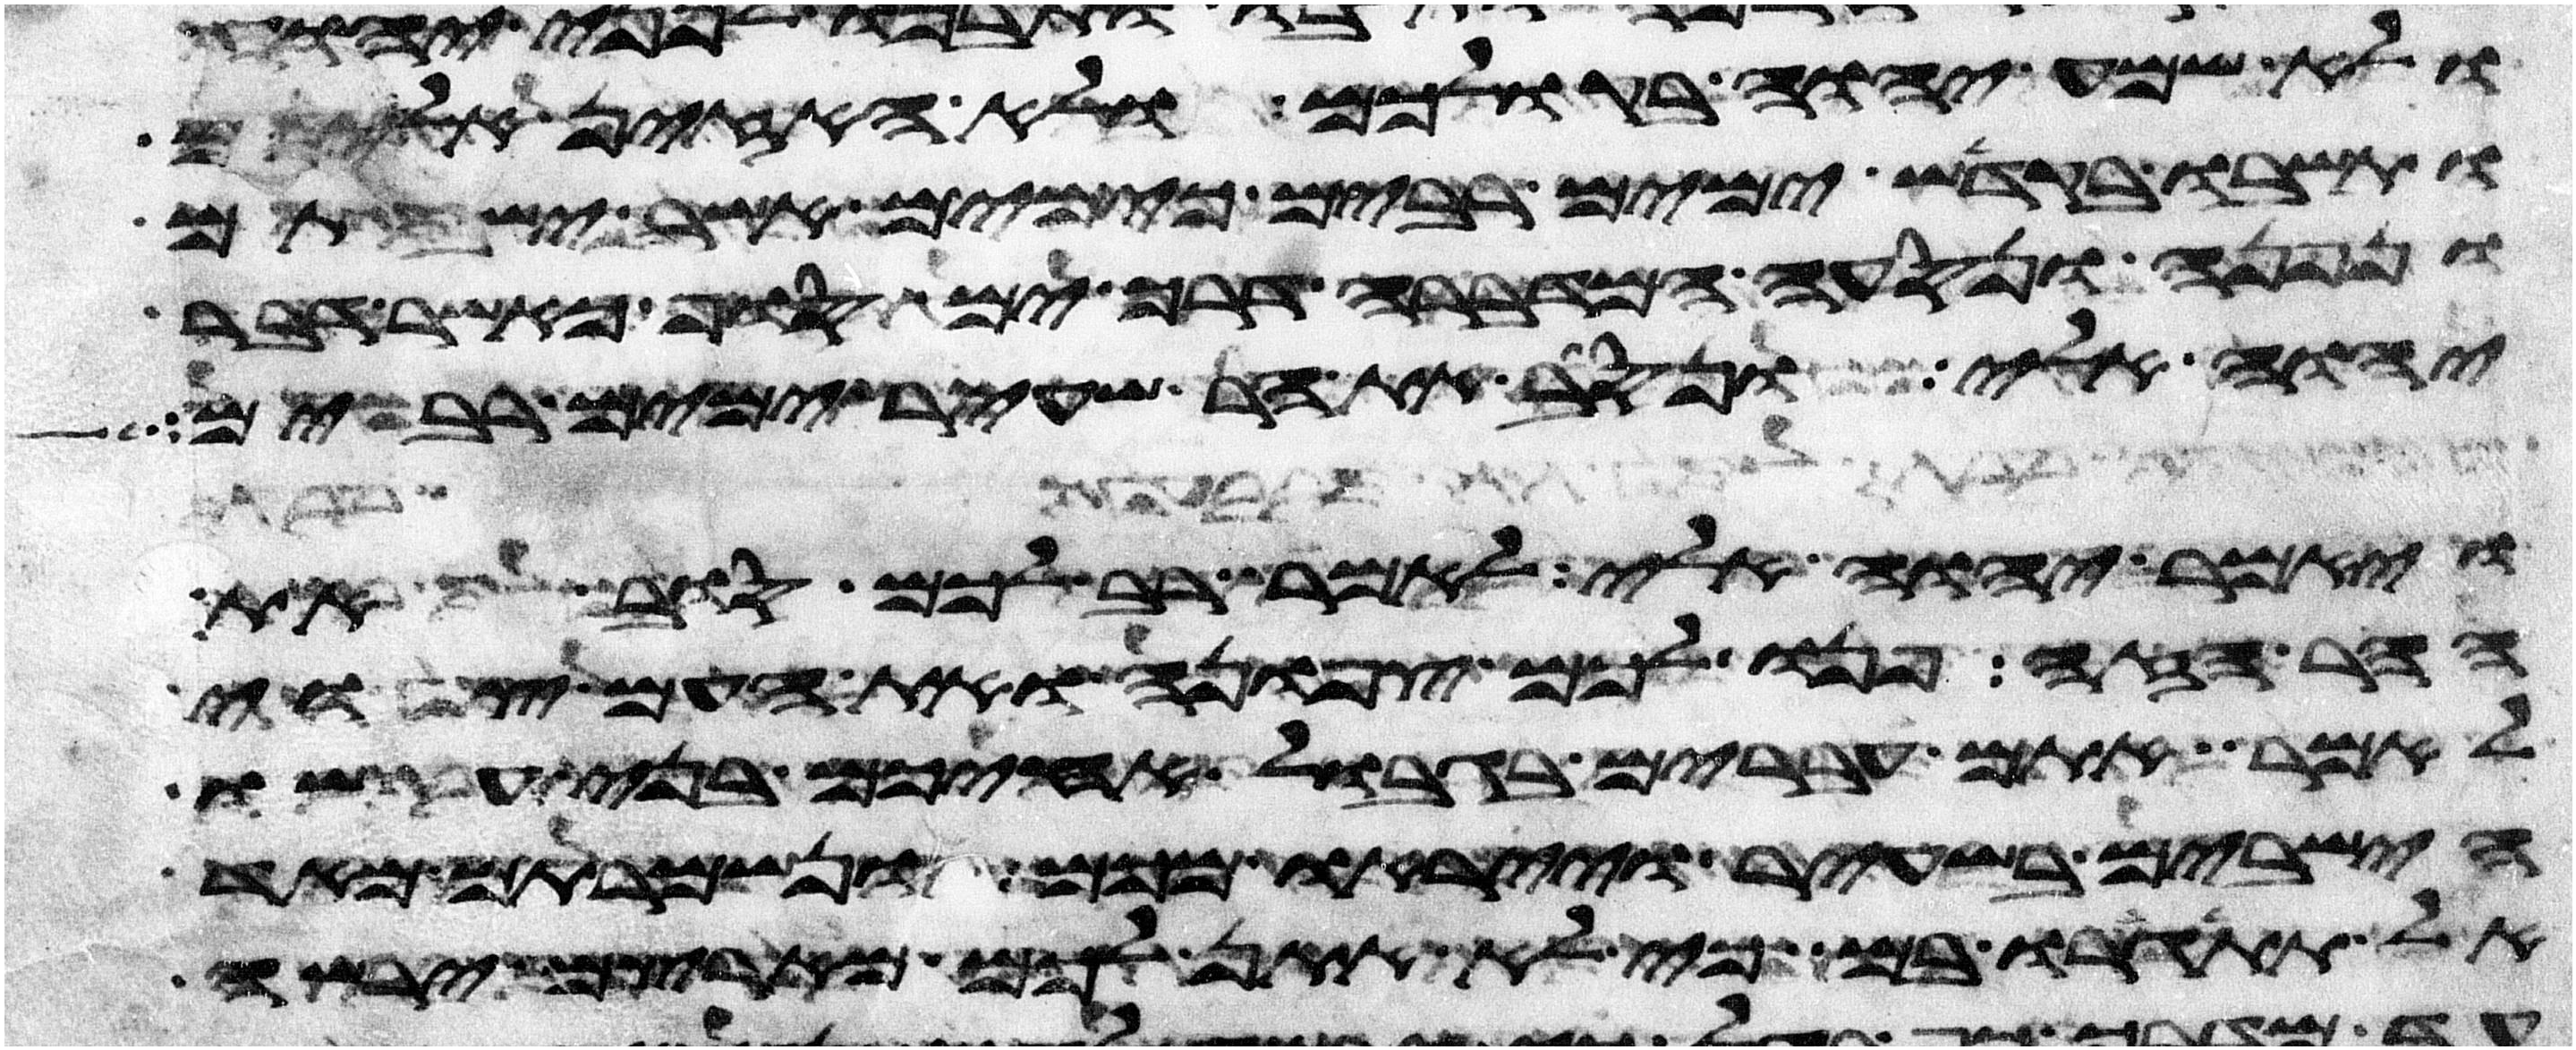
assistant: ולא שמע יהוה בקולכם ולא האזין אליכם
ותשבו בקדש ימים רבים כימים אשר ישבתם
ונפנה ונסעה המדברה דרך ים סוף כאשר דבר
יהוה אלי ונסב את הר שעיר ימים רבים
ויאמר יהוה אלי לאמר רב לכם סוב את
ההר הזה פנו לכם צפונה ואת העם צוי
לאמר אתם עברים בגבול אחיכם בני עשו
הישבים בשעיר וייראו מכם ונשמרתם מאד
אל תתגרו בם כי לא אתן לכם מארצם ירשה